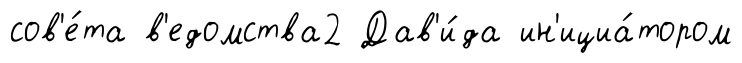
сов'е́та в'едомства2 Дав'и́да ин'ициа́тором